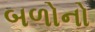
બળોનો